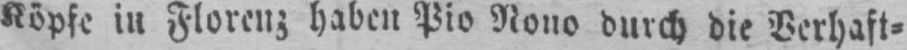
Köpfe in Florenz haben Pio Nono durch die Verhaft⸗